Report on the bubonic plague in Bombay, 1896-1897
Year: 1896
Disease focus: Plague
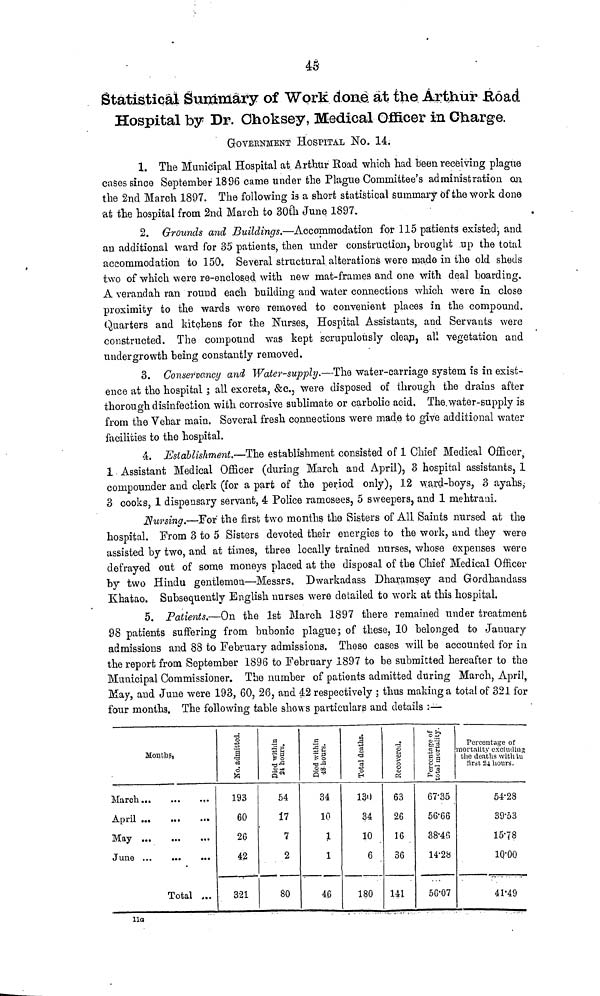
45
Statistical Summary of Work done at the Arthur Road
Hospital by Dr. Choksey, Medical Officer in Charge.
GOVERNMENT HOSPITAL NO. 14.
1. The Municipal Hospital at Arthur Road which had been receiving plague
cases since September 1896 came under the Plague Committee's administration on
the 2nd March 1897. The following is a short statistical summary of the work done
at the hospital from 2nd March to 30th June 1897.
2. Grounds and Buildings.—Accommodation for 115 patients existed, and
an additional ward for 35 patients, then under construction, brought up the total
accommodation to 150. Several structural alterations were made in the old sheds
two of which were re-enclosed with new mat-frames and one with deal boarding.
A verandah ran round each building and water connections which were in close
proximity to the wards were removed to convenient places in the compound.
Quarters and kitchens for the Nurses, Hospital Assistants, and Servants were
constructed. The compound was kept scrupulously clean, all vegetation and
undergrowth being constantly removed.
3. Conservancy and Water-supply.—The water-carriage system is in exist-
ence at the hospital ; all excreta, &c., were disposed of through the drains after
thorough disinfection with corrosive sublimate or carbolic acid. The water-supply is
from the Vehar main. Several fresh connections were made to give additional water
facilities to the hospital.
4. Establishment.—The establishment consisted of 1 Chief Medical Officer,
1 Assistant Medical Officer (during March and April), 3 hospital assistants, 1
compounder and clerk (for a part of the period only), 12 ward-boys, 3 ayahs.;
3 cooks, 1 dispensary servant, 4 Police ramosees, 5 sweepers, and 1 mehtrani.
Nursing.—For the first two months the Sisters of All. Saints nursed at the
hospital. From 3 to 5 Sisters devoted their energies to the work, and they were
assisted by two, and at times, three locally trained nurses, whose expenses were
defrayed out of some moneys placed at the disposal of the Chief Medical Officer
by two Hindu gentlemen—Messrs. Dwarkadass Dharamsey and Gordhandass
Khatao. Subsequently English nurses were detailed to work at this hospital.
5. Patients.—On the 1st March 1897 there remained under treatment
98 patients suffering from bubonic plague; of these, 10 belonged to January
admissions and 88 to February admissions. These cases will be accounted for in
the report from September 1896 to February 1897 to be submitted hereafter to the
Municipal Commissioner. The number of patients admitted during March, April,
May, and June were 193, 60, 26, and 42 respectively ; thus making a total of 321 for
four months. The following table shows particulars and details :—
Months,
March.»
,.
April
May
June
Total ...
No. admitted.
193
GO
26
42
321
Died within 24 hours.
54
17
7
2
80
Died within 48 hours.
34
10
1
1
46
Total deaths.
13')
34
10
6
180
Recovered.
63
26
16
36
141
percentage of total mortality.
67.35
56.66
38.46
14.28
56.07
Percentage of
mortality excluding
the deaths with in
first 24 hours.
54.28
39.53
1578
10.00
41.49
11a